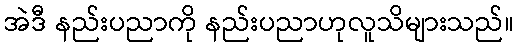
အဲဒီ နည်းပညာကို နည်းပညာဟုလူသိများသည်။